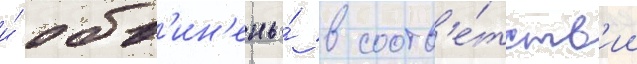
и́ обв'ин'ены́ в соотв'е́тств'ии